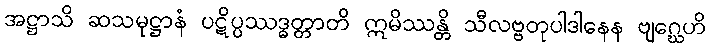
အဋ္ဌာသိ ဆသမုဋ္ဌာနံ ပဋိပ္ပဿဒ္ဓတ္တာတိ ဣမိဿန္တိ သီလဗ္ဗတုပါဒါနေန ဗျဂ္ဃေဟိ